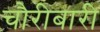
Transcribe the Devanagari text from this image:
चौरीबारी